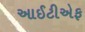
આઈટીએફ